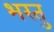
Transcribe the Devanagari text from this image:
भरतु